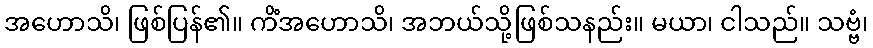
အဟောသိ၊ ဖြစ်ပြန်၏။ ကိံအဟောသိ၊ အဘယ်သို့ဖြစ်သနည်း။ မယာ၊ ငါသည်။ သဗ္ဗံ၊